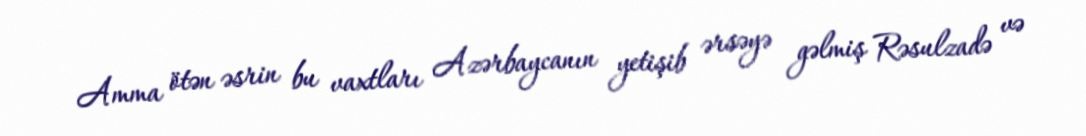
Amma ötən əsrin bu vaxtları Azərbaycanın yetişib ərsəyə gəlmiş Rəsulzadə və